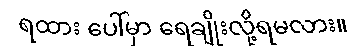
ရထား ပေါ်မှာ ရေချိုးလို့ရမလား။